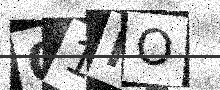
Text: 01NO